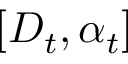
[ D _ { t } , \alpha _ { t } ]